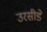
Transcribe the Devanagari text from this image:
उरसीडे